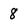
Character: 8